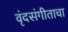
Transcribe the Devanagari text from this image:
वृंदसंगीताचा